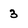
Character: 3